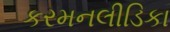
કરમનલીડિકા